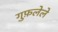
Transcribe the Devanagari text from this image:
गुफ़लेले